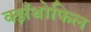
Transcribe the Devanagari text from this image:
क्झँथोफिल